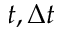
t , \Delta t